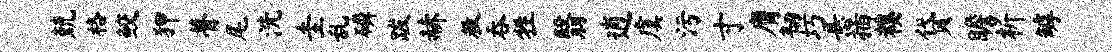
兢格鲛狎瞢尾洗圭乱磷跋赫救吞牲翳逍虞污寸膺韧巧悬插糗贷瞻析罅